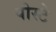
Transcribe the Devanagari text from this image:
पोस्टे